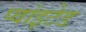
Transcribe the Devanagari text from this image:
प्वांइटेड